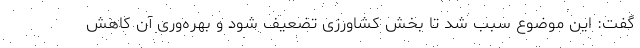
گفت: این موضوع سبب شد تا بخش کشاورزی تضعیف شود و بهره‌وری آن کاهش